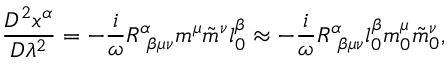
\frac { D ^ { 2 } x ^ { \alpha } } { D \lambda ^ { 2 } } = - \frac { i } { \omega } R _ { ~ \beta \mu \nu } ^ { \alpha } m ^ { \mu } \tilde { m } ^ { \nu } l _ { 0 } ^ { \beta } \approx - \frac { i } { \omega } R _ { ~ \beta \mu \nu } ^ { \alpha } l _ { 0 } ^ { \beta } m _ { 0 } ^ { \mu } \tilde { m } _ { 0 } ^ { \nu } ,